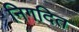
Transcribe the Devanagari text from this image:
निगदित